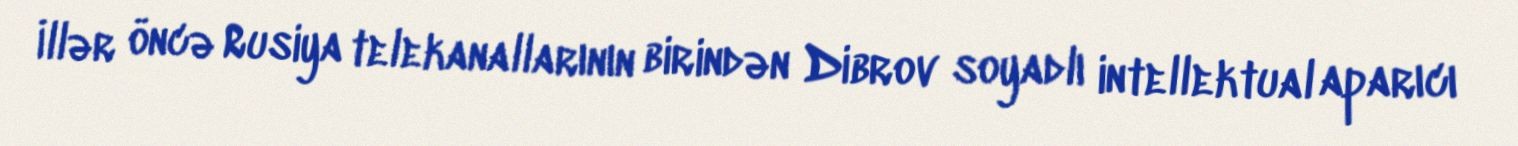
İllər öncə Rusiya telekanallarının birindən Dibrov soyadlı intellektual aparıcı